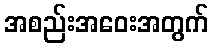
အစည်းအဝေးအတွက်